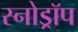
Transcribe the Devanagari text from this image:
स्नोड्रॉप